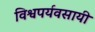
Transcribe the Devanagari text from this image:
विश्वपर्यवसायी